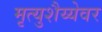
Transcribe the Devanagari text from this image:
मृत्युशैय्येवर